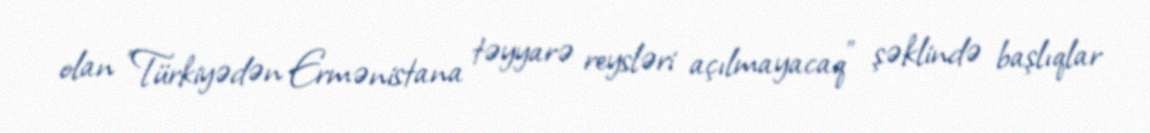
olan "Türkiyədən Ermənistana təyyarə reysləri açılmayacaq" şəklində başlıqlar